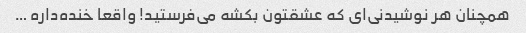
همچنان هر نوشیدنی‌ای که عشقتون بکشه می‌فرستید! واقعا خنده‌داره …